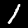
Digit: 1